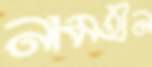
নামহীন